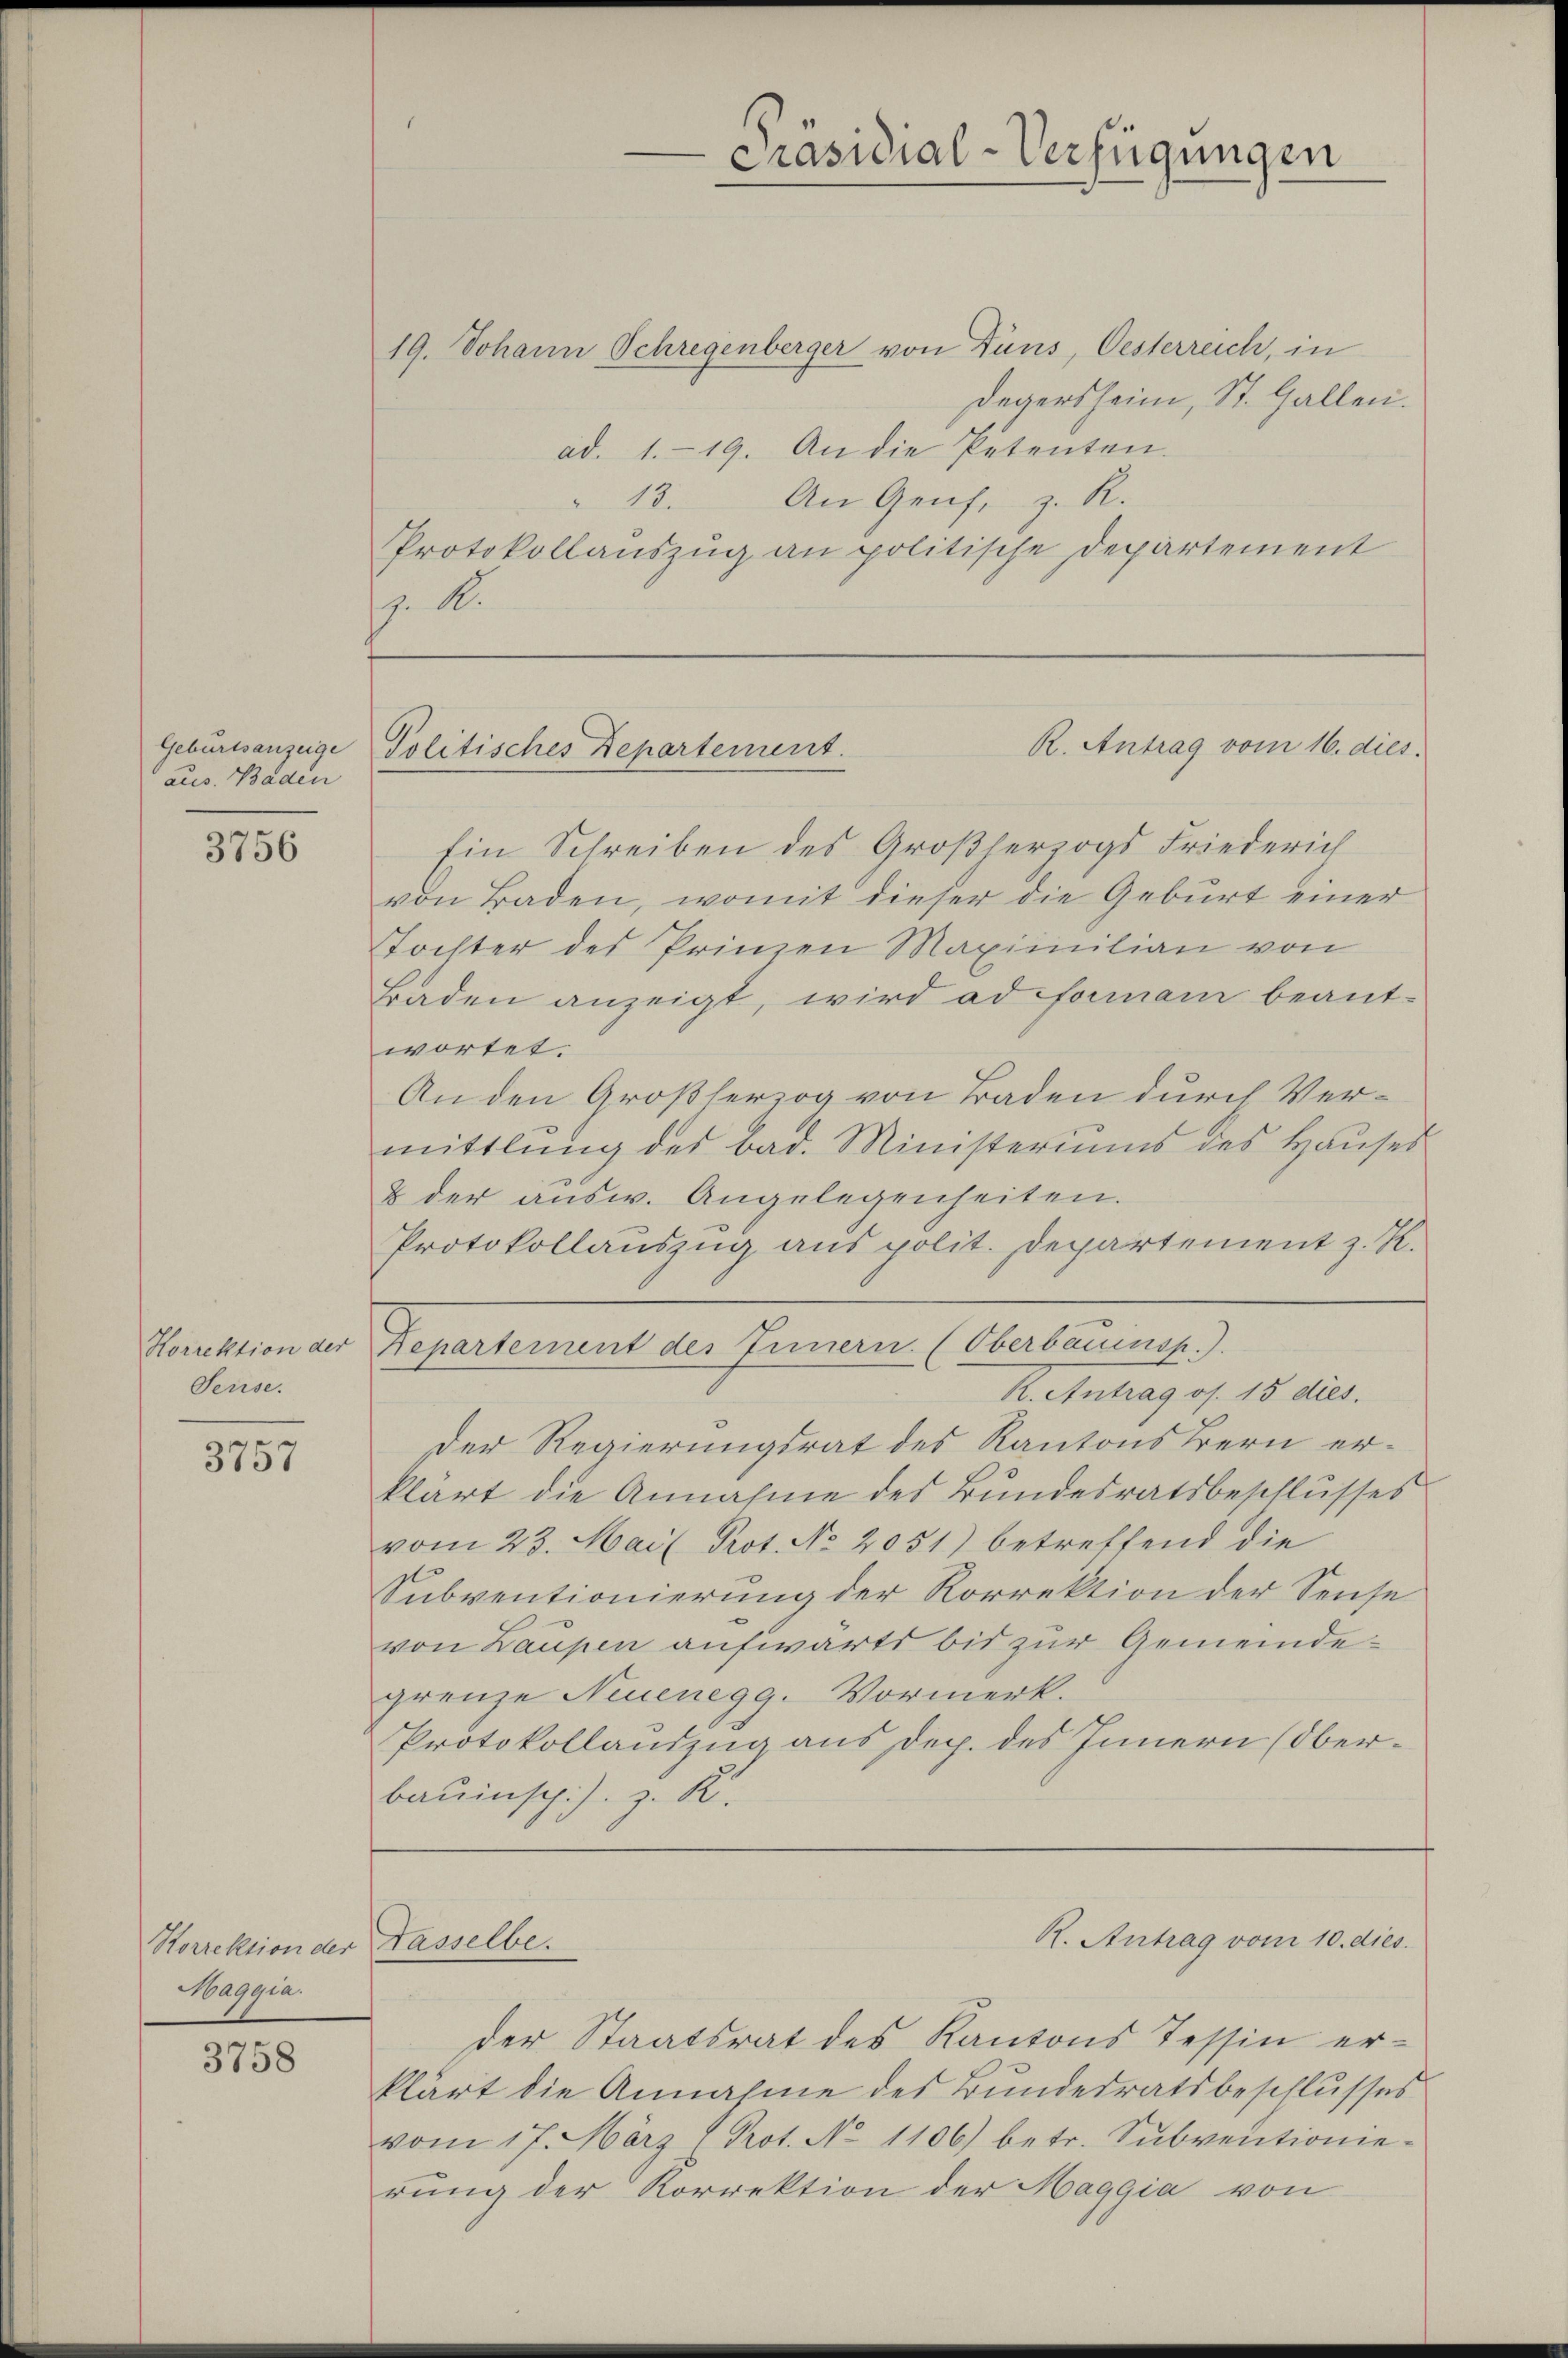
Geburtsanzeige
aus. Baden

3756

Horrektion der
Seuse.

3757

3758

Korrektion der
Maggia.

19. Johann Schregenberger von Düns, Oesterreich, in
Degersheim, St. Gallen.
ad. 1. 19. An die Petenten.
An Genf, z. R.
43.
Protokollauszug an politische Departement
. A.

Ein Schreiben des Großherzogs Friederich
von Baden, womit dieser die Geburt einer
tochter des Prinzen Maximilian von
Baden anzeigt, wird ad fomain beantwortet.
An den Großherzog von Baden durch Vermittlung des bad. Ministeriums des Haŭses
& der ausw. Angelegenheiten.
Protokollauszug aus polit. Departement z. K.
Separtement der Gemeinen Anerkennung.)
R. Antrag os. 15 dies
Der Regierungsrat des Kantons Bern erklärt die Annahme des Bundesratsbeschlusses
vom 23. Mail Prot. No. 2051) betreffend die
Subventionierung der Korrektion der Sense
von Laupen aufwärts bis zur Gemeindegrenze Neuenegg. Vormerk.
Protokollandzug aus Dep. des Innern (Oberbauinschi). z. R.

R. Antrag vom 16. dies
Politisches Departement.

Tasselbe.

Präsidial-Verfügungen

der Staatsrat des Kantons Tessin er-
klärt die Annahme des Bundesratsbeschlusses
vom 17. März (Prot. No 1106) betr. Subventionie-
rung der Korrektion der Haggia von

R. Antrag vom 10. dies